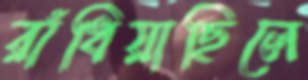
রাঁধিয়াছিলে